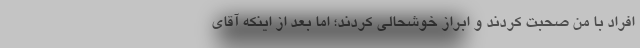
افراد با من صحبت کردند و ابراز خوشحالی کردند؛ اما بعد از اینکه آقای